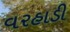
વરહાડી